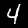
Label: 4